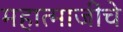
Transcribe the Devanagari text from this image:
महात्माजींचे